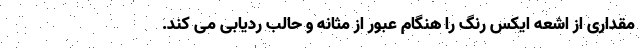
مقداری از اشعه ایکس رنگ را هنگام عبور از مثانه و حالب ردیابی می کند.